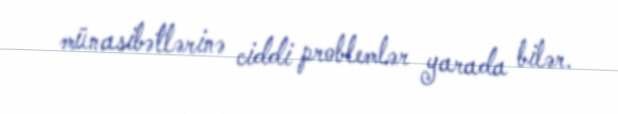
münasibətlərinə ciddi problemlər yarada bilər.